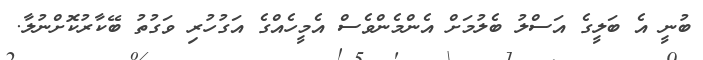
ބުނީ އެ ބަލީގެ އަސްލު ބެލުމަށް އެންމެންވެސް އެމީހެއްގެ އަގުހުރި ވަގުތު ބޭކާރުކޮށްނުލާ.